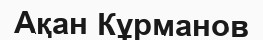
Ақан Кұрманов